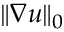
\| \nabla u \| _ { 0 }